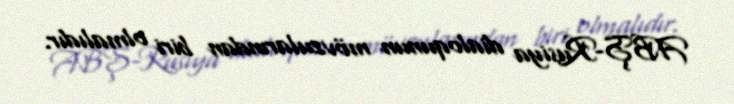
ABŞ-Rusiya dialoqunun mövzularından biri olmalıdır.